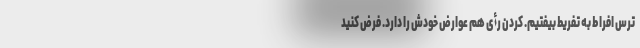
ترس افراط به تفریط بیفتیم. کردن رأی هم عوارض خودش را دارد. فرض کنید